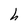
Character: h